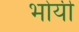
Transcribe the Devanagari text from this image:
भोयी